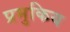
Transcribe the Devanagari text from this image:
प्रमुकिय